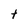
Character: t